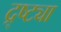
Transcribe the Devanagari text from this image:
द्र्ष्ट्या